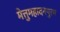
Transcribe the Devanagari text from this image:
मेत्तुमहादनपुरम